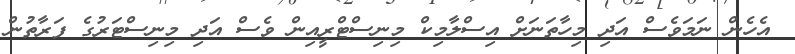
އެހެން ނަމަވެސް އަދި މިހާތަނަށް އިސްލާމިކް މިނިސްޓްރީއިން ވެސް އަދި މިނިސްޓަރުގެ ފަރާތުން